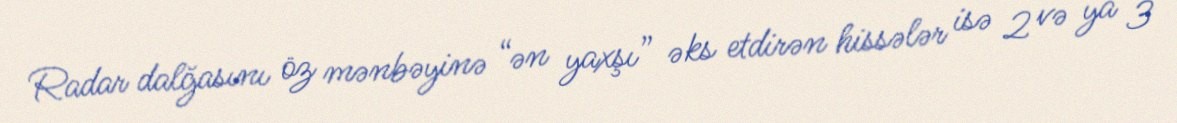
Radar dalğasını öz mənbəyinə “ən yaxşı” əks etdirən hissələr isə 2 və ya 3